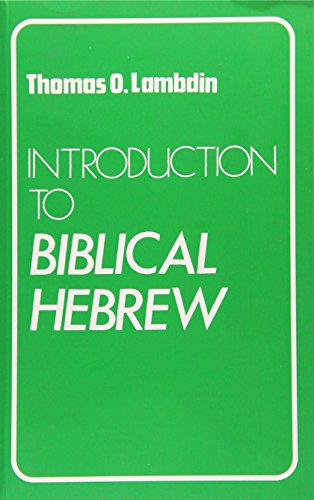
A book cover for Introduction to Biblical Hebrew; Thomas O. Lambdin; Christian Books & Bibles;